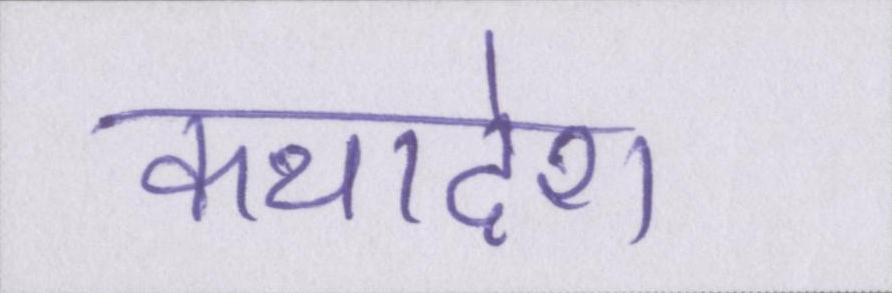
कथादेश